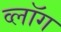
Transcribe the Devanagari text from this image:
व्लॉग